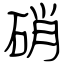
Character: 硝